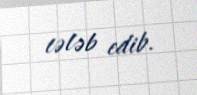
tələb edib.